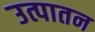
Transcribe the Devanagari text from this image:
उत्पातन